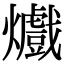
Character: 㸍